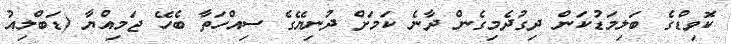
ކޮވިޑްގެ ބަލިމަޑުކަން ދިގުދެމިގެން ދާނެ ކަމަށް ދުނިޔޭގެ ސިއްހަތާ ބެހޭ ޖަމިއްޔާ (ޑަބްލިއު